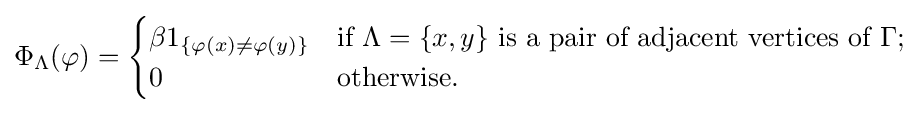
\Phi _{\Lambda }(\varphi )={\begin{cases}\beta 1_{\{\varphi (x)\not =\varphi (y)\}}&{\text{if }}\Lambda =\{x,y\}{\text{ is a pair of adjacent vertices of }}\Gamma ;\\0&{\text{otherwise.}}\end{cases}}